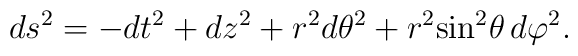
ds^2=-dt^2+dz^2+r^2d{\theta}^2+r^2{\sin}^2\theta\,d{\varphi}^2.